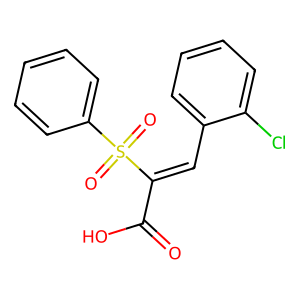
SMILES: O=C(O)C(=Cc1ccccc1Cl)S(=O)(=O)c1ccccc1
Inhibits HIV replication: No